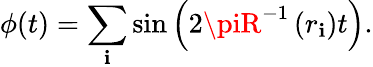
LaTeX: \phi(t)=\sum_{\mathbf{i}}\sin\left(2\piR^{-1}\left(r_{\mathbf{i}}\right)t\right).